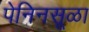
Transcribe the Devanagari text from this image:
पेनिनसूळा